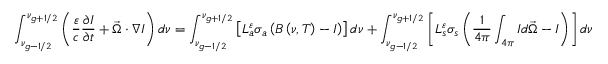
\int _ { \nu _ { g - { 1 \mathord { \left/ { \vphantom { 1 2 } } \right. \kern - \nulldelimiterspace } 2 } } } ^ { \nu _ { g + { 1 \mathord { \left/ { \vphantom { 1 2 } } \right. \kern - \nulldelimiterspace } 2 } } } \left( \frac { \varepsilon } { c } \frac { \partial I } { \partial t } + \vec { \Omega } \cdot \nabla I \right) d \nu = \int _ { \nu _ { g - { 1 \mathord { \left/ { \vphantom { 1 2 } } \right. \kern - \nulldelimiterspace } 2 } } } ^ { \nu _ { g + { 1 \mathord { \left/ { \vphantom { 1 2 } } \right. \kern - \nulldelimiterspace } 2 } } } \left[ L _ { a } ^ { \varepsilon } \sigma _ { a } \left( B \left( \nu , T \right) - I \right) \right] d \nu + \int _ { \nu _ { g - { 1 \mathord { \left/ { \vphantom { 1 2 } } \right. \kern - \nulldelimiterspace } 2 } } } ^ { \nu _ { g + { 1 \mathord { \left/ { \vphantom { 1 2 } } \right. \kern - \nulldelimiterspace } 2 } } } \left[ L _ { s } ^ { \varepsilon } \sigma _ { s } \left( \frac { 1 } { 4 \pi } \int _ { 4 \pi } I d \vec { \Omega } - I \right) \right] d \nu